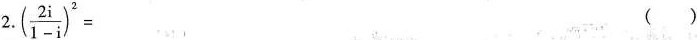
2.$$( \frac{2i}{1-i})^{2}=$$ ( )